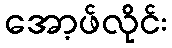
အော့ဖ်လိုင်း